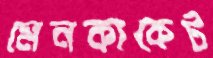
মেনকাকেট